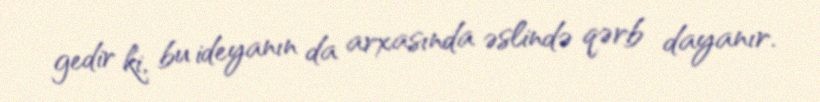
gedir ki, bu ideyanın da arxasında əslində qərb dayanır.